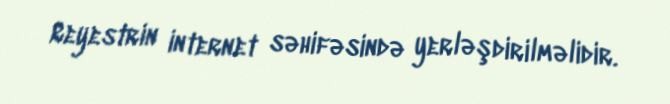
Reyestrin internet səhifəsində yerləşdirilməlidir.